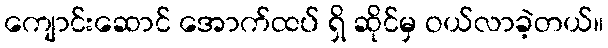
ကျောင်းဆောင် အောက်ထပ် ရှိ ဆိုင်မှ ဝယ်လာခဲ့တယ်။